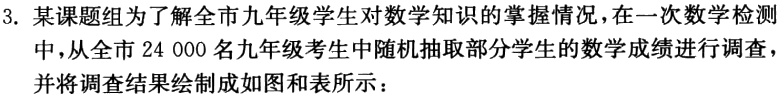
3. 某课题组为了解全市九年级学生对数学知识的掌握情况，在一次数学检测中，从全市24 000名九年级考生中随机抽取部分学生的数学成绩进行调查，并将调查结果绘制成如图和表所示：